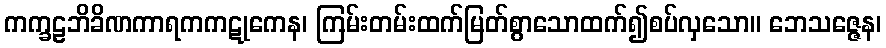
ကက္ခဠဘိခိဏကာရကကဋုကေန၊ ကြမ်းတမ်းထက်မြတ်စွာသောထက်၍စပ်လှသော။ ဘေသဇ္ဇေန၊